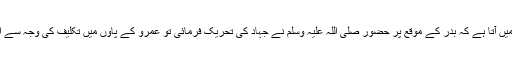
حضرت خَلَّادْؓ کے والد حضرت عمرو بن جموحؓ کے بارے میں آتا ہے کہ بدر کے موقع پر حضور صلی اللہ علیہ وسلم نے جہاد کی تحریک فرمائی تو عمرو کے پاؤں میں تکلیف کی وجہ سے ان کے بیٹوں نے انہیں جنگ میں شامل ہونے سے روک دیا۔